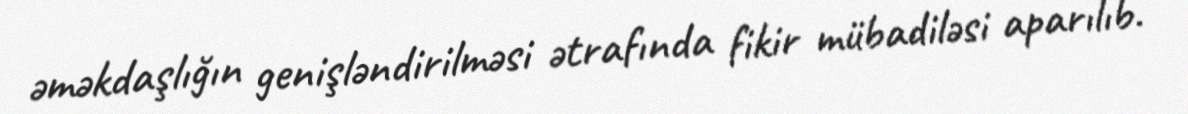
əməkdaşlığın genişləndirilməsi ətrafında fikir mübadiləsi aparılıb.